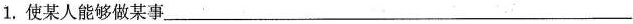
1.使某人能够做某事____